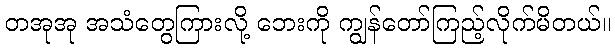
တအုအု အသံတွေကြားလို့ ဘေးကို ကျွန်တော်ကြည့်လိုက်မိတယ်။